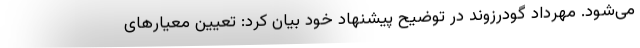
می‌شود. مهرداد گودرزوند در توضیح پیشنهاد خود بیان کرد: تعیین معیار‌های